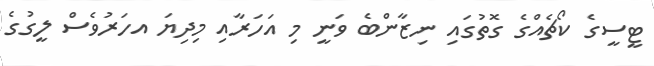
ޓީސީގެ ކޯޗެއްގެ ގޮތުގައި ނިޒާންބެ ވަނީ މި އަހަރާއި މިދިޔަ އހަރުވެސް ލީގުގެ